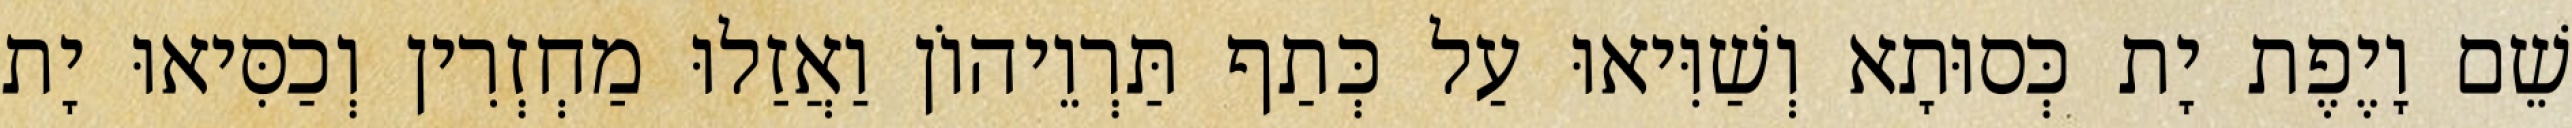
שֵׁם וָיֶפֶת יָת כְּסוּתָא וְשַׁוִּיאוּ עַל כְּתַף תַּרְוֵיהוֹן וַאֲזַלוּ מַחְזְרִין וְכַסִּיאוּ יָת